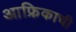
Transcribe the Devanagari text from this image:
आफ्रिकाची